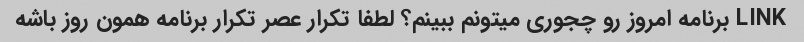
LINK برنامه امروز رو چجوری میتونم ببینم؟ لطفا تکرار عصر تکرار برنامه همون روز باشه